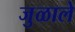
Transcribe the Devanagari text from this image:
जुळाले